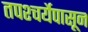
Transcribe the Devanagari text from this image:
तपश्चर्येपासून